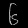
Digit: ၆